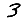
Digit: 3